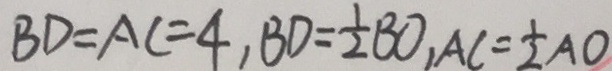
B D = A C = 4 , B D = \frac { 1 } { 2 } B O , A C = \frac { 1 } { 2 } A O